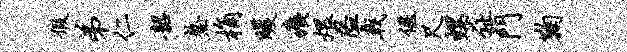
假弟仁韶鳌桷暖痍煨隘戟偃尺螺祉门鞠